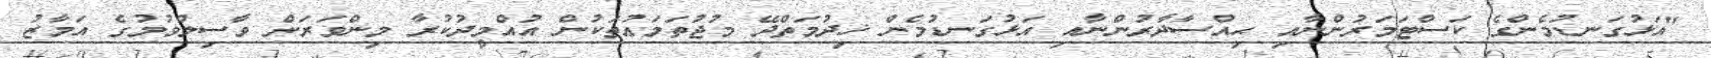
"އަޅުގަނޑުމެންގެ ކަސްޓަމަރުންނާއި ޙިއްސާދާރުންނާއި އަޅުގަނޑުމެން ޚިދުމަތްދޭ މުޖުތަމަޢުތަކުން އުއްމީދުކުރާ މިންވަރަށް ވާސިލްވުމުގެ އަމާޒު